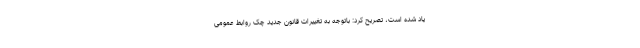
یاد شده است، تصریح کرد: باتوجه به تغییرات قانون جدید چک روابط عمومی